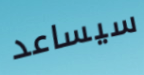
سيساعد